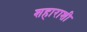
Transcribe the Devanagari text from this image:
शहाराशी